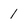
Character: 1